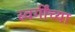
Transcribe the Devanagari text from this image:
स्वर्गींच्या